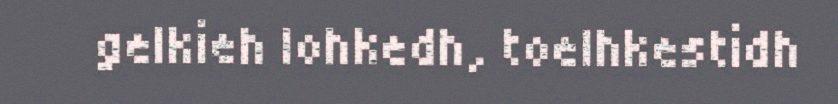
gelkieh lohkedh, toelhkestidh